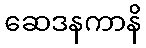
ဆေဒနကာနိ